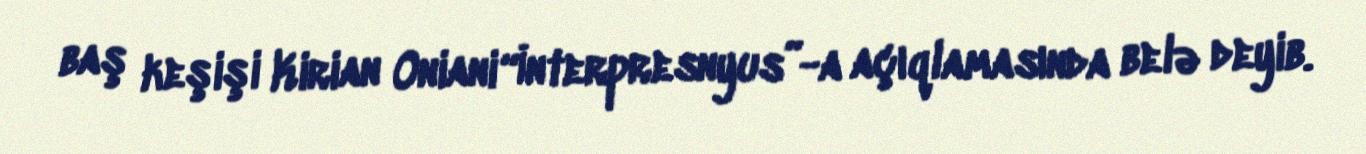
baş keşişi Kirian Oniani “İnterpresnyus”-a açıqlamasında belə deyib.